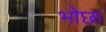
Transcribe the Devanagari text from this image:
भोछा